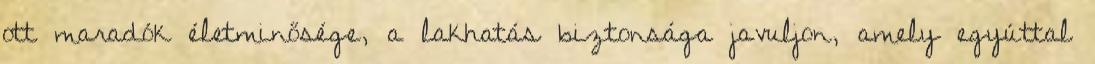
ott maradók életminősége, a lakhatás biztonsága javuljon, amely egyúttal